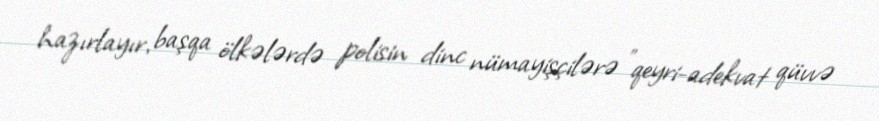
hazırlayır, başqa ölkələrdə polisin dinc nümayişçilərə "qeyri-adekvat qüvvə